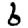
Digit: 6